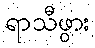
ရာသီဖွား